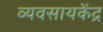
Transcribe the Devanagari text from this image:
व्यवसायकेंद्र